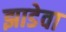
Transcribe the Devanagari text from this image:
झाडेवा